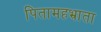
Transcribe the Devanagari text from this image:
पितामहभ्राता